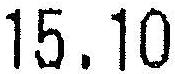
15.10